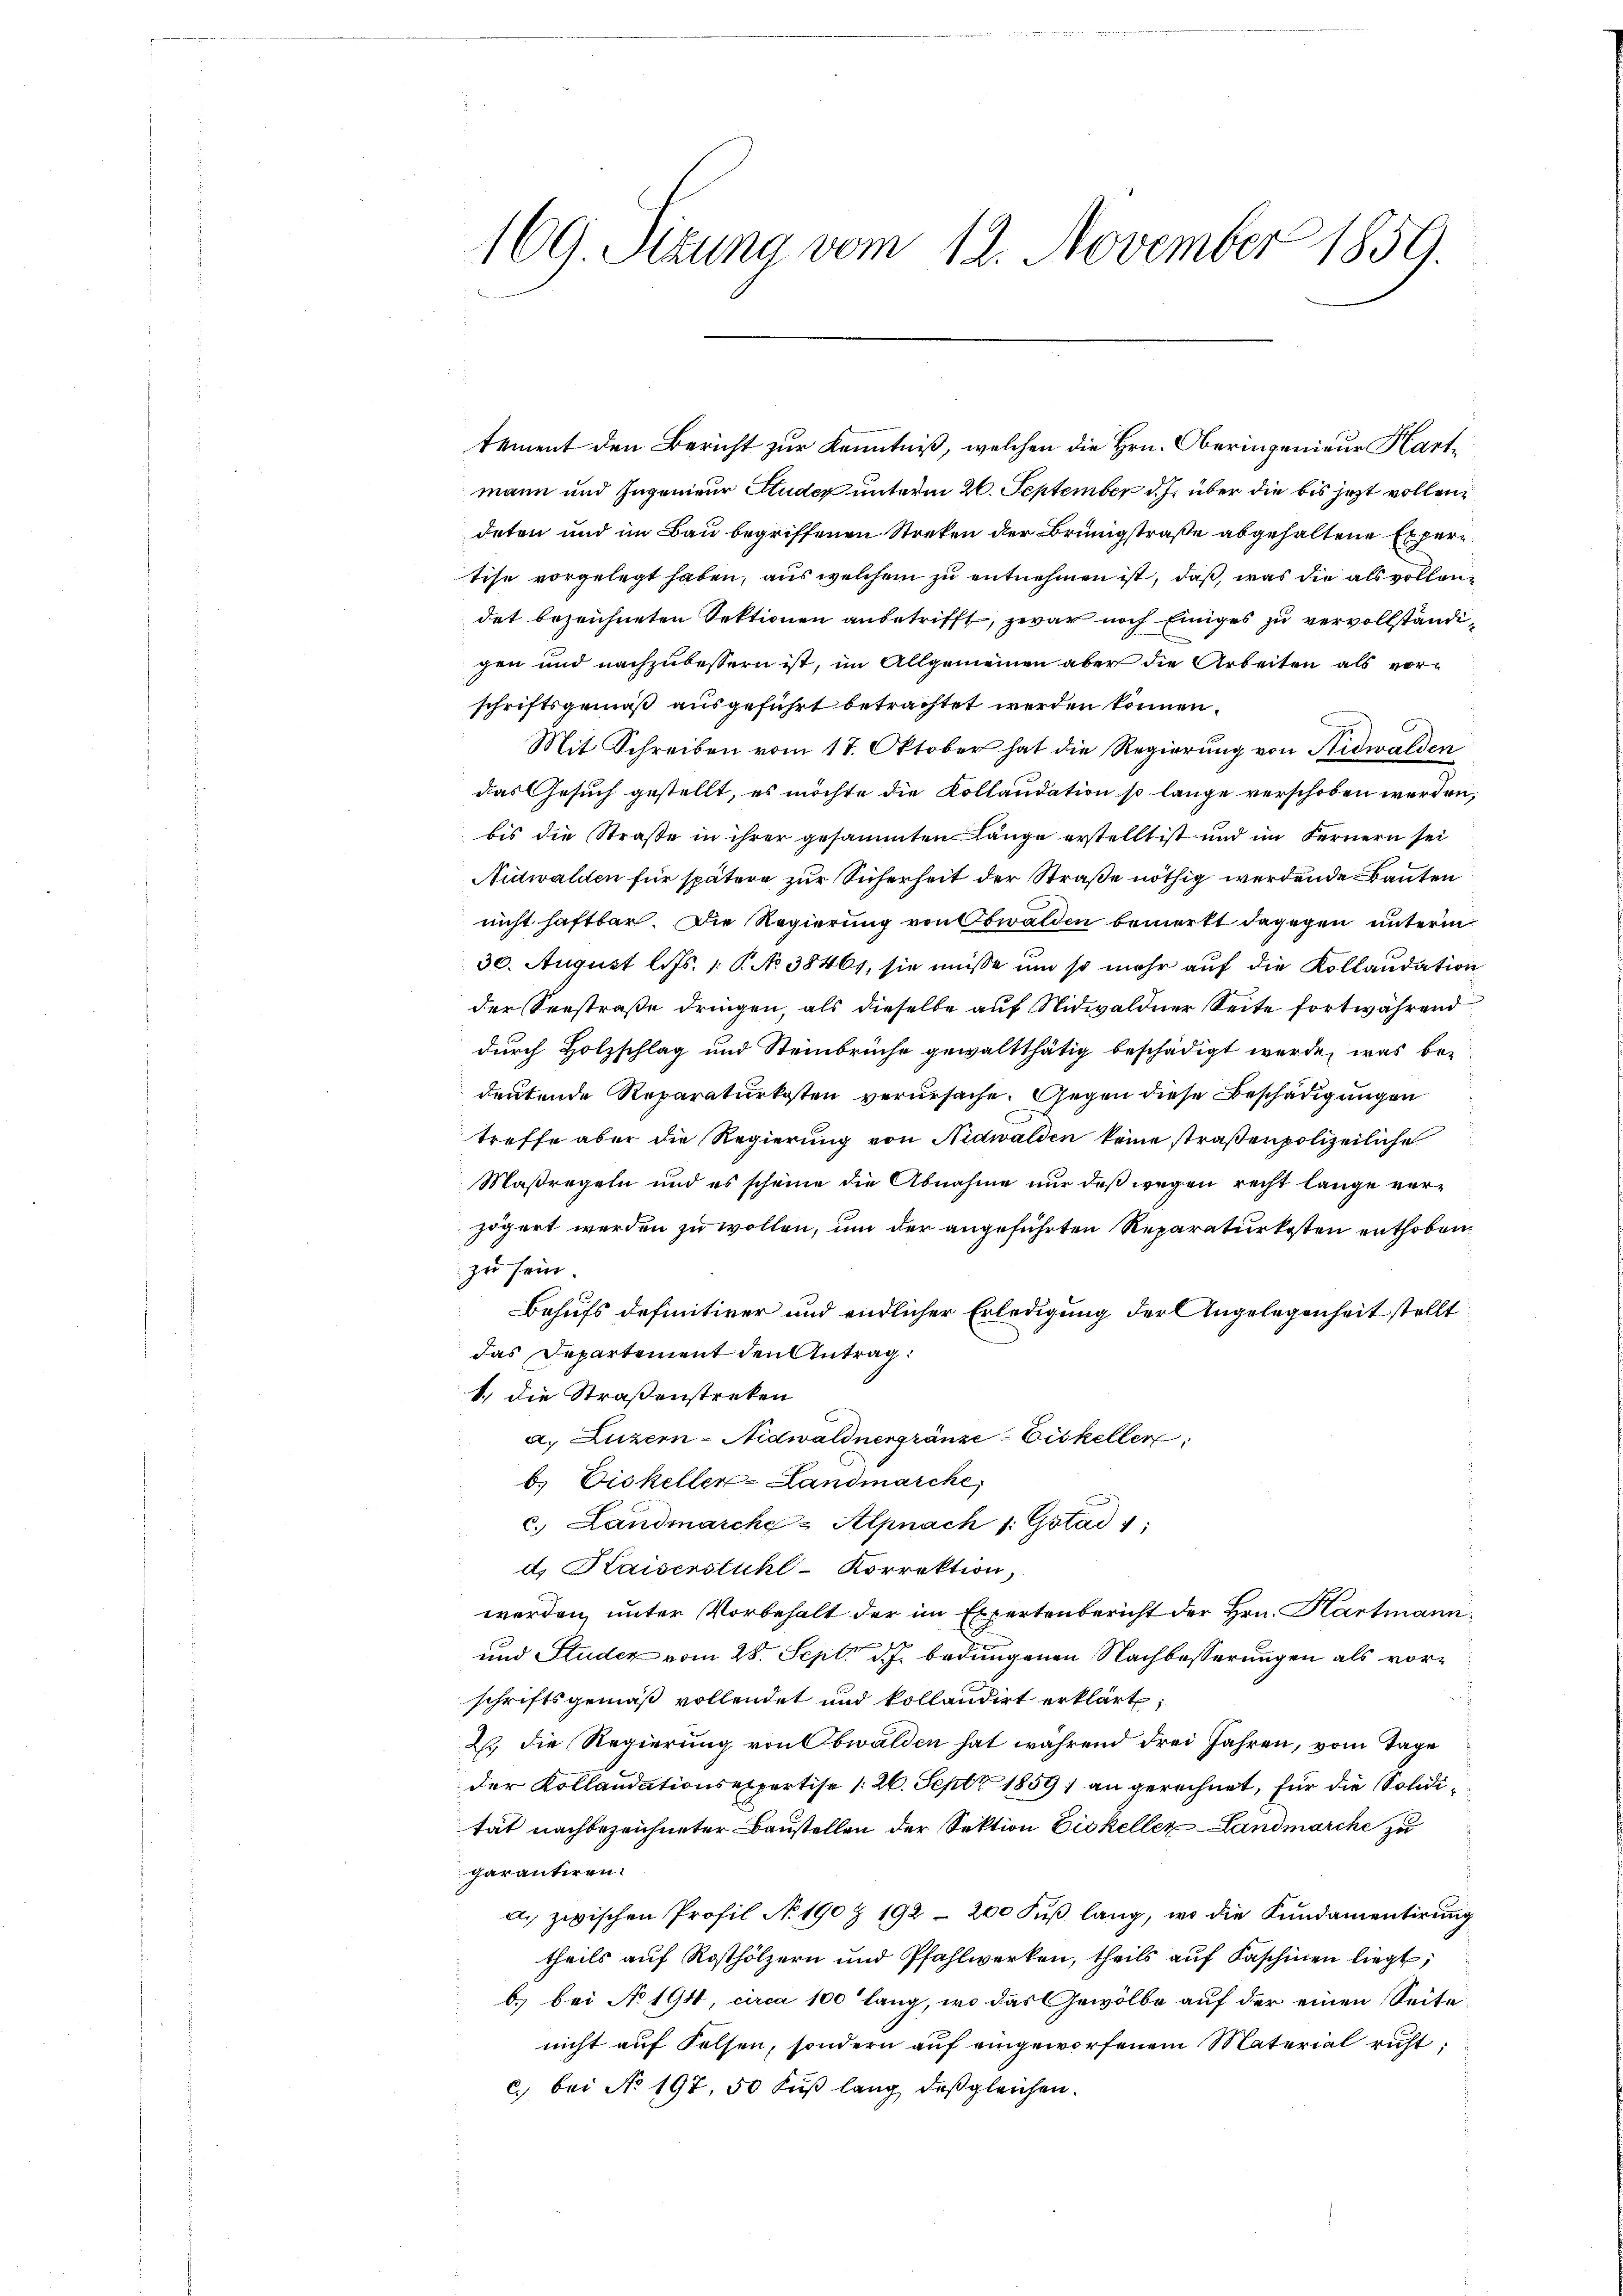
169. Sizung vom 12. November 1859.

tement den Bericht zur Kenntniß, welchen die Hrn. Oberingenieur Hartmann und Ingenieur Studer unterm 26. September d. J. über die bis jezt vollen
deten und im Bau begriffenen Streken der Brünigstraße abgehaltene Expertise vorgelegt haben, aus welchem zu entnehmen ist, daß, was die als vollendet bezeichneten Sektionen anbetrifft, zwar noch Einiges zu vervollständigen und nachzubessern ist, im Allgemeinen aber die Arbeiten als vorschriftsgemäß ausgeführt betrachtet werden können.
Mit Schreiben vom 17. Oktober hat die Regierung von Nidwalden
das Gesuch gestellt, es möchte die Kollaudation so lange verschoben werden,
bis die Straße in ihrer gesammten Länge erstellt ist und im Fernern sei
Nidwalden für spätere zur Sicherheit der Straße nöthig werdende Bauten
nicht haftbar. Die Regierung von Obwalden bemerkt dagegen unterm
30. August l. Js. 1. P. No 38461, sie müsse um so mehr auf die Kollaudation
der Seestraße dringen, als dieselbe auf Nidwaldner Seite fortwährend
durch Holzschlag und Steinbrüche gewaltthätig beschädigt werde, was bei
deutende Reparaturkosten verursache. Gegen diese Beschädigungen
treffe aber die Regierung von Nidwalden keine straßenpolizeiliche
Maßregeln und es scheine die Abnahme nur daß wegen recht lange verzögert werden zu wollen, um der angeführten Reparaturkosten enthoben.
zu sein.
Behufs definitiver und endlicher Erledigung der Angelegenheit stellt
das Departement den Antrag:
1.) Die Straßenstreken
a. Luzern - Nidwaldnergränze Eiskeller,
b. Eiskeller-Landmarcke
c. Landmarche-Alpnach 1. Gstad ;
d. Kaiserstuhl-Korrektion,
werden, unter Vorbehalt der im Expertenbericht der Hrn. Hartmann
und Studer vom 28. Sept. d. J. bedungenen Nachbesserungen als vorschriftsgemäß vollendet und kollaudirt erklärt,
2. die Regierung von Obwalden hat während drei Jahren, vom Tage
der Kollaudationsexpertise 126. Sept 1859 an gerechnet, für die Solidität nachbezeichneter Baustellen der Sektion Eiskeller Landmarcke zu
garantiren.
a. zwischen Profil No 190 & 192 - 200 Fuß lang, wo die Fundamentirung
theils auf Rosthölzern und Pfahlwerken, theils auf Faschinen liegt,
b.) bei No 194, circa 100' lang, wo das Gewölbe auf der einen Seitenicht auf Felsen, sondern auf eingeworfenem Material richt;
c. bei No 197, 50 Fuß lang das gleichen.